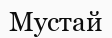
Мустай